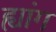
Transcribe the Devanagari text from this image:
ह्यांग